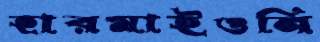
হারমাইওনি